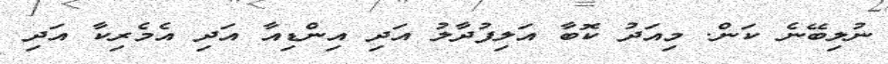
ނުލިބޭނެ ކަން. މިއަދު ކޮބާ އަލިފުދާލު އަދި އިންޑިއާ އަދި އެމެރިކާ އަދި